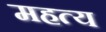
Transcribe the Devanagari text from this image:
महत्य